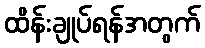
ထိန်းချုပ်ရန်အတွက်